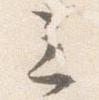
三